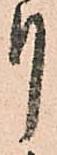
り